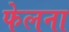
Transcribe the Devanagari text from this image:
फेलना